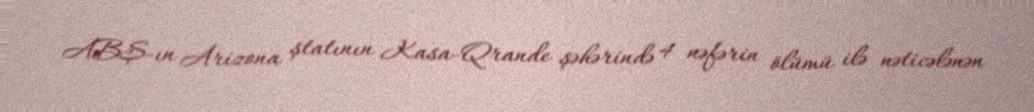
ABŞ-ın Arizona ştatının Kasa-Qrande şəhərində 4 nəfərin ölümü ilə nəticələnən